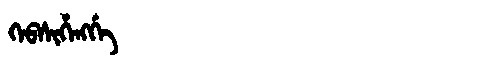
Manchu: ᡴᡝᠪᠰᡳᡥᡝᠩᡤᡝ
Romanization: KEBSIHENGGE